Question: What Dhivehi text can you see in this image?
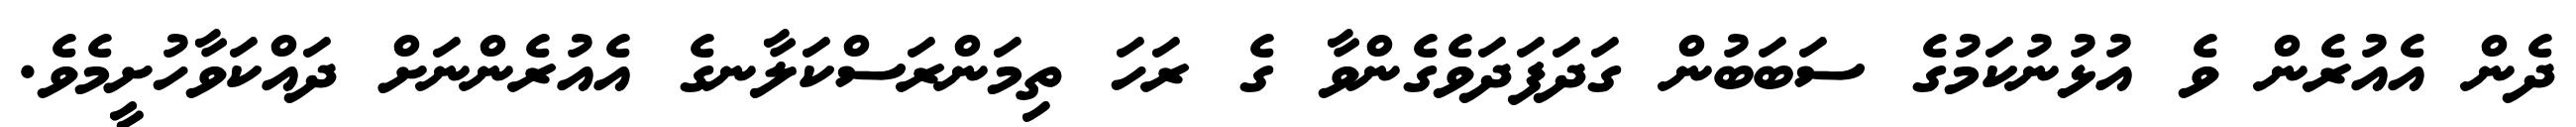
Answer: ދެން އެއުރެން ވެ އުޅުނުކަމުގެ ސަބަބުން ގަދަފަދަވެގެންވާ ގެ ރަހަ ތިމަންރަސްކަލާނގެ އެއުރެންނަށް ދައްކަވާހުށީމެވެ.